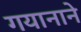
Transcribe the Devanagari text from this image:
गयानाने